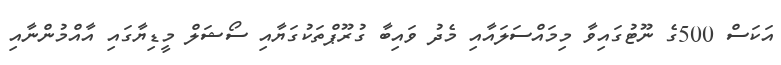
އަކަަސް 500ގެ ނޫޓުގައިވާ މިމައްސަލައާއި މެދު ވައިބާ ގުރޫޕްތަކުގަޔާއި ސޯޝަލް މީޑިޔާގައި އާއްމުންނާއި